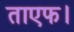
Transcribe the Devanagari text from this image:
ताएफ।